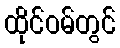
ထိုင်ဝမ်တွင်